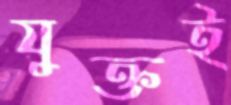
যুক্তই